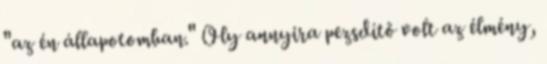
"az én állapotomban." Oly annyira pezsdítő volt az élmény,